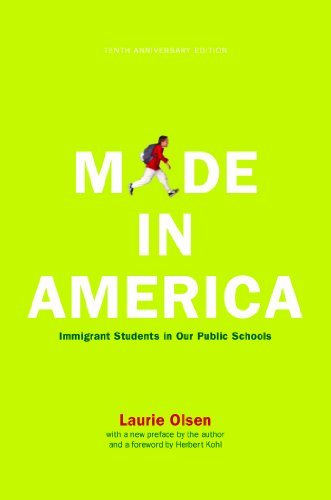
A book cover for Made in America: Immigrant Students in Our Public Schools; Laurie Olsen; Politics & Social Sciences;